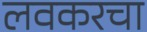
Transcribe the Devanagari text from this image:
लवकरचा